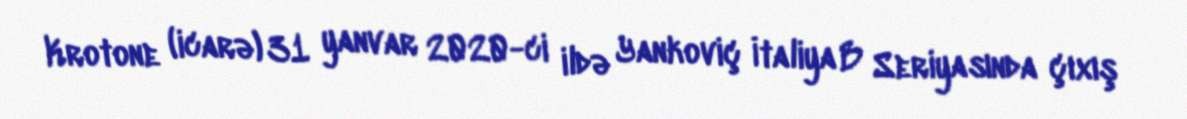
Krotone (icarə) 31 yanvar 2020-ci ildə Yankoviç İtaliya B Seriyasında çıxış